Lunatic asylums Bombay report 1878-1890 - 1878-1890
Year: 1878
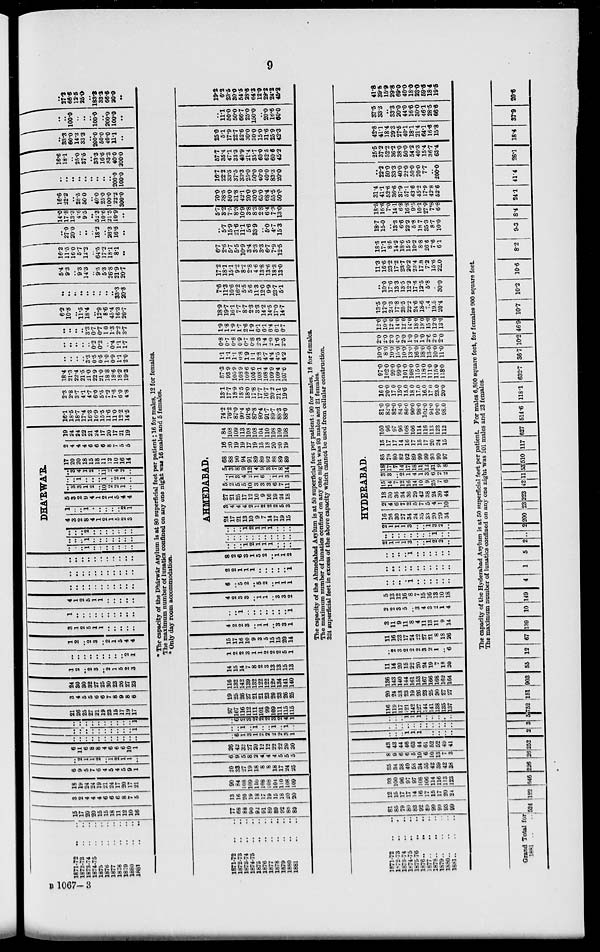
9
1871-72 .. ..
1872-73 .. ..
1873-74 .. ..
1874-75 .. ..
1875 .. ..
1876 .. ..
1877 .. ..
1878 .. ..
1879 .. ..
1880 .. ..
1881 .. ..
15
17
20
20
15
15
18
11
12
10
16
3
2
4
4
4
6
6
6
8
7
5
18
19
24
24
19
21
24
17
20
17
21
6
9
5
7
6
4
5
4
5
9
1
..
2
1
1
2
..
1
2
1
1
..
6
11
6
8
8
4
6
6
6
10
1
..
..
..
..
..
..
..
..
..
..
..
..
..
..
..
..
..
..
..
..
..
1
..
..
..
..
..
..
..
..
..
..
1
21
26
25
27
21
19
23
15
17
19
17
3
4
5
5
6
6
7
8
9
8
6
24
30
30
32
27
25
30
23
26
27
23
1
2
..
2
3
..
2
1
5
2
3
..
..
..
..
..
..
..
..
..
2
1
1
2
..
2
3
..
2
1
5
4
4
3
1
2
5
1
1
..
..
..
..
..
1
..
..
. .
. .
. .
..
..
..
..
..
4
1
2
5
1
1
..
..
..
..
..
..
..
..
..
..
..
..
..
..
..
..
..
..
..
..
..
..
..
..
..
..
..
..
..
..
..
..
..
..
..
..
..
..
DHA'RWA'R.
..
..
..
1
..
..
..
..
..
..
..
..
..
..
1
..
..
..
..
..
..
..
..
..
..
2
..
..
..
..
..
..
..
4
3
2
8
4
1
2
1
5
2
3
1
..
..
1
..
..
..
..
..
2
1
5
3
2
9
4
1
2
1
5
4
4
..
3
3
1
2
..
10
2
2
1
..
..
..
1
..
..
..
1
..
2
1
..
..
3
17
20
4 20
1
2
..
11
2
4
2
..
18
15
18
11
12
10
16
14
2
4
4
4
6
6
6
8
7
5
5
19
24
24
22
21
24
17
20
17
21
19
16.1
18 . 5
18 .7
17.4
16.3
16.9
15 . 5
11 . 6
11.0
12.2
14 . 5
2.3
2.8
3.7
4.1
4.7
6.0
5.5
7 . 2
7.6
6.0
4.8
18.4
21.3
22.4
21.5
21.0
22. 9
21.0
18 8
18.6
18.2
19.3
..
..
..
..
3.3
0.5
0 5
10
0.9
1.1
2.0
..
..
..
..
..
0.2
0.2
..
0.4
1.1
1.7
..
..
..
..
3.3
0.7
0.7
1.0
1.3
2.2
3.7
6.2
10.8
..
11.5
18.4
..
12.9
8.6
45.4
16.3
20.7
..
..
..
..
..
..
..
..
..
33.3
20.8
5.4
9.3
..
9.3
14.3
..
9.5
5.3
26.8
21.9
20.7
16.2
11.5
16.0
5.7
12.2
..
64.5
17.2
18.1
8.1
..
..
27.0
20.0
..
..
..
18.2
. .
26.3
16.6
..
14.0
17. 8
13.3
4.6
9.5
..
52.3
10.6
21.5
10.9
..
16.6
22.2
..
28.5
50.0
..
40.0
25.0
100.0
22.2
300.0
..
..
..
..
..
..
..
..
..
200.0
100.0
16.6
18.1
..
25.0
37.5
..
33.3
16.6
83.3
40.0
200.0
..
33.3
60.0
14.3
33.3
..
200.0
50.0
40.0
11.1
..
..
..
100.0
..
..
..
100.0
..
200.0
100.0
..
..
27.2
66.6
12.5
25.0
..
183.3
33.3
66.6
20.0
..
*The capacity of the Dhárwár Asylum is at 80 superficial feet per patient; 16 for males, 12 for females.
The maximum number of lunatics confined on any one night was 16 males and 5 females.
. Only day room accommodation.
1871-72 .. ..
1872-73
.. ..
1873-74
.. ..
1874-75
.. ..
1875 .. ..
1876 .. ..
1877 .. ..
1878 .. ..
1879 .. ..
1880 .. ..
1881 .. ..
77
68
88
90
92
91
89
89
92
88
89
13
16
20
19
18
17
19
15
18
20
20
90
84
108
109
110
108
108
104
110
108
109
20
33
27
19
18
8
8
18
17
24
25
6
9
5
8
2
4
4
4
5
5
5
26
42
32
27
20
12
12
22
22
29
1
..
6
1
3
1
2
2
2
2
3
1
..
..
1
..
1
..
..
1
..
1
..
..
6
2
3
2
2 2
3
2
4
1
97
107
116
112
111
101
99
109
111
115
115
19
25
26
27
21
21
23
20
23
26
25
116
132
142
139
132
122
122
129
134
141
140
14
15
14
7
8
2
3
13
13
15
13
1
2
2
3
1
1
2
2
2
5
1
15
17
16
10
9
3
5
15
15
20
14
4
2
2
3
..
1
1
..
3
3
1
..
..
1
..
..
..
..
..
..
..
1
4
2
3
3
..
1
1
..
3
3
2
6
..
5
2
..
5
2
..
1
1
1
9
2
1
1
1
..
..
..
..
..
1
8
2
6
3
1
5
2
..
1
1
2
AHMEDABAD.
..
.. .. 1
2
1
1
1
.. ..
..
..
.. .. .. .. .. .. .. .. .. ..
..
.. .. 1
2
1
1
1
.. .. ..
24
17
21
13
10
9
7
14
17
19
15
3
4
4
4
2
1
2
2
2
5
3
27
21
25
17
12
10
9
16
19
24
18
5
2
5
5
10
3
3
3
6
7
11
..
1
3
4
2
1
6
..
1
1
3
5
3
8
9
12
4
9
3
7
8
14
68
88
90
94
91
89
89
92
88
89
89
16
20
19
19
17
19
15
18
20
20
19
84
108
109
113
103
108
104
110
108
109
108
74.2
76.2
87.0
90.4
91.6
87.8
90.4
91.7
89.7
88.3
88.0
13.1
17.7
18.9
18.5
18.0
17.8
17.7
16.7
202
21.1
19.6
87.3
93.9
105.9
108.9
109.6
105.6
108.1
108.4
109.9
109.4
107.6
1.1
1.1
1.1
0.8
1.9
1.1
3.8
4.7
4.4
4.5
4.2
0.8
0.7
0.8
0 9
0.7
0.8
2.3
1.4
2.0
1.6
2.5
1.9
1.8
1.9
1.7
2.6
1.9
6.1
6.1
6.4
6.1
6.7
18.9
19.7
16.1
7.7
8.7
2.3
3.3
14.2
14.5
17.0
14.7
7.6
11.3
10.6
16.2
5.5
5.6
11.3
12.0
9.9
23.7
5.1
17. 2
18.1
15.1
9. 2
8.2
2.8
4.6
13.8
13.6
18.3
13.0
6.7
2.6
5.7
5.5
10.9
3.4
3.3
3.3
6.7
7.9
12.5
..
5.7
15.9
21.6
11.1
5.6
33.9
..
5.0
4.7
153
5.7 70.0
3.2 38.5
7.5
8.3
10.9
3.8
8.3
2.8
6.4
7.3
13.0
50.0
31.8
42.1
200
30.0
65.0
68.4
55.5
50.0
16.7
22.2
33.3
37.5
33.3
25.0
50.0
40.0
40.0
83.3
20.0
57.7
35.4
47.1
33.3
40.9
21.4
35.7
60.0
62.5
60.6
45.2
25.0
5.1
17.9
22.7
52.6
30.0
30.0
15.0
31.6
25.9
42.3
..
11.1
50.0
50.0
66.7
25.0
150.0
..
20.0
16.6
60.0
19.2
6.2
23.5
30.0
54.5
28.6
64.3
12.0
29.2
24.2
45.2
The capacity of the Ahmedabad Asylum is at 50 superficial feet per patient: 90 for males, 18 for females.
The maximum number of lunatics confined on any one night was 93 males and 21 females.
324 superficial feet in excess of the above capacity which cannot be used from cellular construction.
1871-72 .. ..
1872-73 .. ..
1873-74 .. ..
1874-75 .. ..
1875- 76 .. ..
1876
..
..
..
1877
..
..
..
1878 .. .. ..
1879
..
..
..
1880 .. .. ..
1881
..
..
..
81
85
79
80
83
92
89
99
99
93
99
12
15
17
17
14
16
17
15
17
20
24
93
100
96
97
97
108
106
114
116
113
123
35
34
38
40
58
34
55
42
39
42
38
8
9
6
6 5
10
6
10
13
7
3
43
43
44
46
63
44
61
52
52
49
41
..
..
..
1
1
1
..
..
..
..
..
. .
..
..
..
..
..
..
..
..
..
..
..
..
..
1
1
1
..
..
..
..
..
116
119
117
121
142
127
144
141
138
135
137
20
24
23
23
19
26
23
25
30
27
27
136
143
140
144
161
153
167
166
168
162
164
11
14
20
15
22
20
24
19
7
18
20
..
2
3
2
2
2
3
2
1
..
6
11
16
23
17
24
22
27
21
8
18
26
3
11
9
11
8
4
11
13
11
9
14
2
2
3
5
..
3
4
3
2
1
4
5
13
12
16
8
7
15
16
13
10
18
..
..
..
..
1
..
..
..
..
..
..
..
..
..
..
..
..
..
..
..
..
..
..
..
..
..
1
..
..
..
..
..
..
HYDERABAD.
2
1
1
1
3
..
..
1
2
2
..
..
..
..
. .
..
..
..
..
1
..
..
2
1
1
1
3
..
..
1
3
2
..
16
26
30
27
34
24
35
33
20
29
34
2
4
6
7
2
5
7
5
4
1
10
18
30
36
34
36
29
42
38
24
30
44
15
14
7
12
16
14
10
9
25
7
6
3
3
..
2
1
4
1
3
6
2
2
18 85
17
7
14
17
18
11
12
31
9
8
79
80
82
92
89
99
99
93
99
97
15
17
17
14
16
17
15
17
20
24
15
100
96
97
96
108
106
114
116
113
123
112
81.0
82.0
82.0
84.0
86.0
90.0
98.
102.0
94.0
92.0
98.0
16.0
20.0
17.0
15.0
15.0
18 0
17.0
16.0
17.0
23.0
20.0
97.0
102.0
99.0
99.0
101.0
108.0
115.0
118.0
111.0
115.0
118.
10.0
8.0
10.0
15.0
10.0
13.0
16.0
18.0
13.0
10.0
11.0
2.0
2.0
2.0
4.0
2.0
1.0
2 0
1.0
2.0
2.0
2.0
12.0
10.0
12.0
14.0
12.0
14.0
18.0
19.0
15.0
12.0
13.0
13.5
17.0
24.3
17.8
25.5
22.2
24.6
18.6
7.4
19.5
20.4
..
10.0
17.6
13.3
13.5
12.2
17.6
12.5
5.8
..
30.0
11.3
16.6
23.2
17.2
23.7
20.2
23.4
17.8
7.2
15.6
22.0
18.5
17.1
8.5
14.2
18.6
15.5
10.2
8.8
26.6
7.6
6.1
18.7
15.0
..
13.3
6.6
22.2
5.8
18.7
35.3
8.7
10.0
18.5
16.6
7.0
14 1
6.8
16.8
9.5
10.1
27.9
7.8
6.8
31.4
41.1
52.6
36.6
37.9
57.1
43.6
45.2
17.9
42.8
52.6
..
22.2
50.0
33.3
40.0
22.0
50.0
20.0
7.7
..
200.0
25.5
37.2
52.2
36.2
38.0
50.0
54.2
40.3
15.4
36.7
63.4
42.8
41.1
18.4
29.3
27.5
40.1
18.1
21.4
64.1
16.6
15.8
37.5
33.3
..
33.3
20.0
44.0
16.6
30.0
46.1
28.5
66.6
41.8
39.5
15.9
29.8
69.0
40.0
18.0
23.0
59.6
18.4
19.5
The capacity of the Hyderabad Asylum is at 50 superficial feet per patient. For males 6,800 square feet, for females 900 square feet
The maximum number of lunatics confined on any one night was 101 males and 23 females.
Grand Total for
1881 . . . .
524 122 646 226 26 252 2 3 5 752 151 903 55 12 67 139 10 149
4
1
5 2 .. 2 200 23 223 42 11 53 510 117 627 514.6 118.1 632.7 36.7 10.2 46.9 10.7 10.2 10.6
8.2
9.3 8.4 24.1 41.4
26.1 18.4 37.9 20.6
B 1067––3